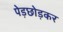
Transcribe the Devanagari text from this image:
पेड़छोड़कर